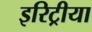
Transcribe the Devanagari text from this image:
इरिट्रीया